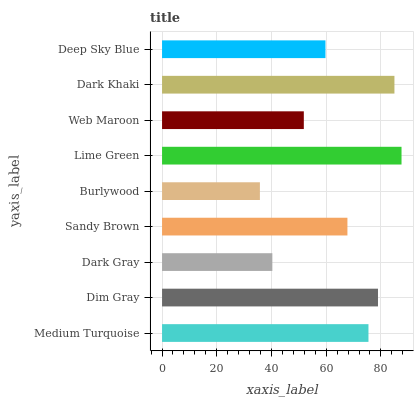
| yaxis_label | bars |
 | --- | --- |
 | Medium Turquoise | 75.5 |
 | Dim Gray | 78.9 |
 | Dark Gray | 40.3 |
 | Sandy Brown | 67.8 |
 | Burlywood | 35.8 |
 | Lime Green | 87.5 |
 | Web Maroon | 51.8 |
 | Dark Khaki | 85 |
 | Deep Sky Blue | 59.7 |